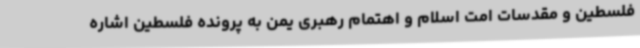
فلسطین و مقدسات امت اسلام و اهتمام رهبری یمن به پرونده فلسطین اشاره